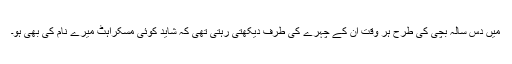
میں دس سالہ بچی کی طرح ہر وقت ان کے چہرے کی طرف دیکھتی رہتی تھی کہ شاید کوئی مسکراہٹ میرے نام کی بھی ہو۔